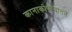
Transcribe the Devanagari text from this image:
कानाकोपर्‍यांतले